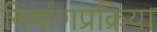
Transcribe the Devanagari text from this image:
निर्माणप्रक्रिया